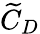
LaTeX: \widetilde{C}_{D}